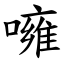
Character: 噰